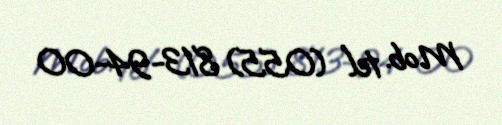
Mob. tel (055) 813-94-00